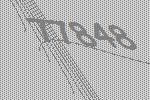
77848